Lunatic asylums Central Provinces reports 1910-1926 - 1910-1926
Year: 1910
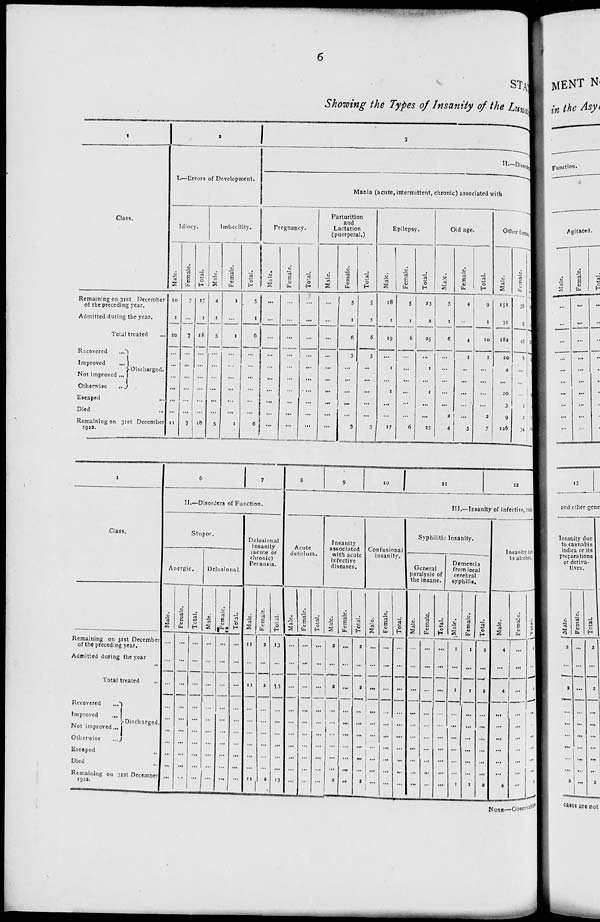
6
STATE
Showing the Types of Insanity of the Lunatics
1
Class.
Remaining on 31st December
of the preceding year.
Admitted during the year.
Total treated ...
Recovered
...
Improved
...
Not improved ...
Otherwise
...
Discharged.
Escaped
...
Died ...
Remaining on 31st December
1922.
2
I.—Errors of Development.
Idiocy.
Male.
10
1
10
...
...
...
...
...
...
11
Female.
7
...
7
...
...
...
...
...
...
7
Total.
17
1
18
...
...
...
...
...
...
18
Imbecility.
Male.
4
1
5
...
...
...
...
...
...
5
Female.
1
...
1
...
...
...
...
...
...
1
Total.
5
1
6
...
...
...
...
...
...
6
3
II.—Disorder
Mania (acute, intermittent, chronic) associated with
Pregnancy.
Male.
...
...
...
...
...
...
...
...
...
...
Female.
...
...
...
...
...
...
...
...
...
...
Total.
...
...
...
...
...
...
...
...
...
...
Parturition
and
Lactation
(puerperal.)
Male.
...
...
...
...
...
...
...
...
...
...
Female.
5
1
6
3
...
...
...
...
...
3
Total.
5
1
6
3
...
...
...
...
...
3
Epilepsy.
Male.
18
1
19
...
1
...
1
...
...
17
Female.
5
1
6
...
...
...
...
...
...
6
Total.
23
2
25
...
1
...
1
...
...
23
Old age.
Male.
5
1
6
...
...
...
...
...
2
4
Female.
4
...
4
1
...
...
...
...
...
3
Total.
9
1
10
1
...
...
...
...
2
7
Other forms.
Male.
151
31
182
20
4
...
20
3
9
126
Female.
36
9
45
8
...
...
...
1
2
34
Total.
187
40
227
28
4
...
20
4
11
160
1
Class.
Remaining on 31st December
of the preceding year.
Admitted during the year ...
Total treated ...
Recovered
...
Improved
...
Not improved ...
Otherwise
...
Discharged.
Escaped ...
Died ...
Remaining on 31st December
1922.
6
7
II.—Disorders of Function.
Stupor.
Anergic.
Male.
...
...
...
...
...
...
...
...
...
...
Female.
...
...
...
...
...
...
...
...
...
...
Total.
...
...
...
...
...
...
...
...
...
...
Delusional.
Male.
...
...
...
...
...
...
...
...
...
...
Female.
...
...
...
...
...
...
...
...
...
...
Total.
...
...
...
...
...
...
...
...
...
...
Delusional
insanity
(acute or
chronic)
Peransia.
Male.
11
...
11
...
...
...
...
...
...
11
Female.
2
...
2
...
...
...
...
...
...
2
Total.
13
...
13
...
...
...
...
...
...
13
8
9
10
11
12
III.—Insanity of infective, toxic
Acute
delirium.
Male.
...
...
...
...
...
...
...
...
...
...
Female.
...
...
...
...
...
...
...
...
...
...
Total.
...
...
...
...
...
...
...
...
...
...
Insanity
associated
with acute
infective
diseases.
Male.
2
...
2
...
...
...
...
...
...
2
Female.
...
...
...
...
...
...
...
...
...
...
Total.
2
...
2
...
...
...
...
...
...
2
Confusional
insanity.
Male.
...
...
...
...
...
...
...
...
...
...
Female.
...
...
...
...
...
...
...
...
...
...
Total.
...
...
...
...
...
...
...
...
...
...
Syphilitic Insanity.
General
paralysis of
the insane.
Male.
...
...
...
...
...
...
...
...
...
...
Female.
...
...
...
...
...
...
...
...
...
...
Total.
...
...
...
...
...
...
...
...
...
...
Dementia
from local
cerebral
syphilis.
Male.
1
...
1
...
...
...
...
...
...
1
Female.
1
...
1
...
...
...
...
...
...
1
Total.
2
...
2
...
...
...
...
...
...
2
Insanity due
to alcohol.
Male.
4
...
4
...
...
...
...
...
...
4
Female.
...
...
...
...
...
...
...
...
...
...
Total.
4
...
4
...
...
...
...
...
...
4
NOTE.—Observation